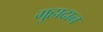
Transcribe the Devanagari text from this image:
गुहादान